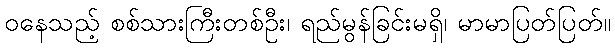
ဝနေသည့် စစ်သားကြီးတစ်ဦး၊ ရည်မွန်ခြင်းမရှိ၊ မာမာပြတ်ပြတ်။